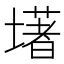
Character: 墸